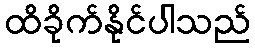
ထိခိုက်နိုင်ပါသည်